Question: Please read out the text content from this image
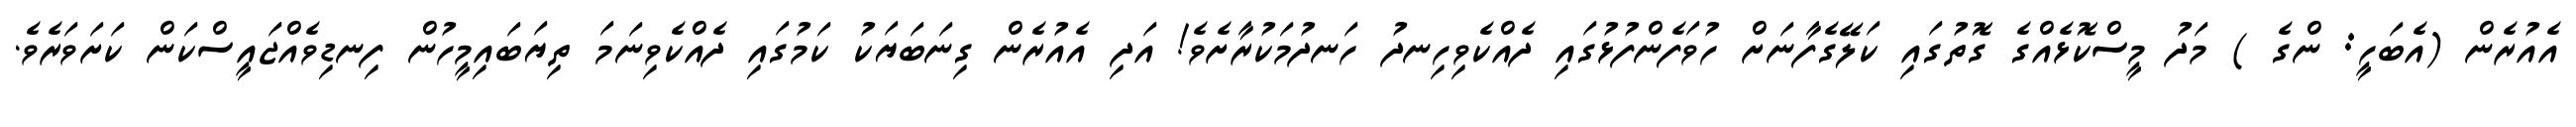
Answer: އެއުރެން (އެބަހީ: ންގެ ) މަދު މީސްކޮޅެއްގެ ގޮތުގައި ކަލޭގެފާނަށް ހުވަފެންފުޅުގައި ދެއްކެވިހިނދު ހަނދުމަކުރާށެވެ! އަދި އެއުރެން ގިނަބަޔަކު ކަމުގައި ދެއްކެވިނަމަ ތިޔަބައިމީހުން ފިނޑިވެއްޖައީސްކަން ކަށަވަރެވެ.